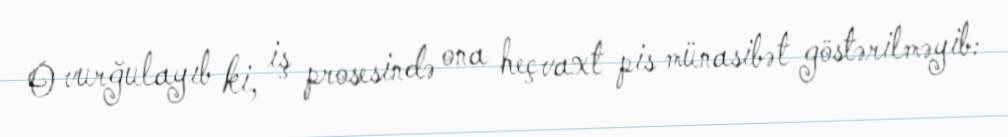
O vurğulayıb ki, iş prosesində ona heç vaxt pis münasibət göstərilməyib: